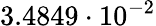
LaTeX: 3.4849\cdot 10^{-2}